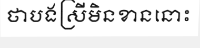
ថាបងស្រីមិនខាននោះ